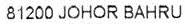
81200 JOHOR BAHRU